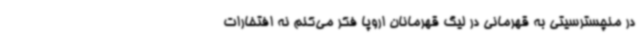
در منچسترسیتی به قهرمانی در لیگ قهرمانان اروپا فکر می‌کنم نه افتخارات